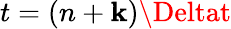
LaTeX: t=(n+\mathbf{k})\Deltat